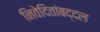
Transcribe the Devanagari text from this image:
निवेदितांबद्दल